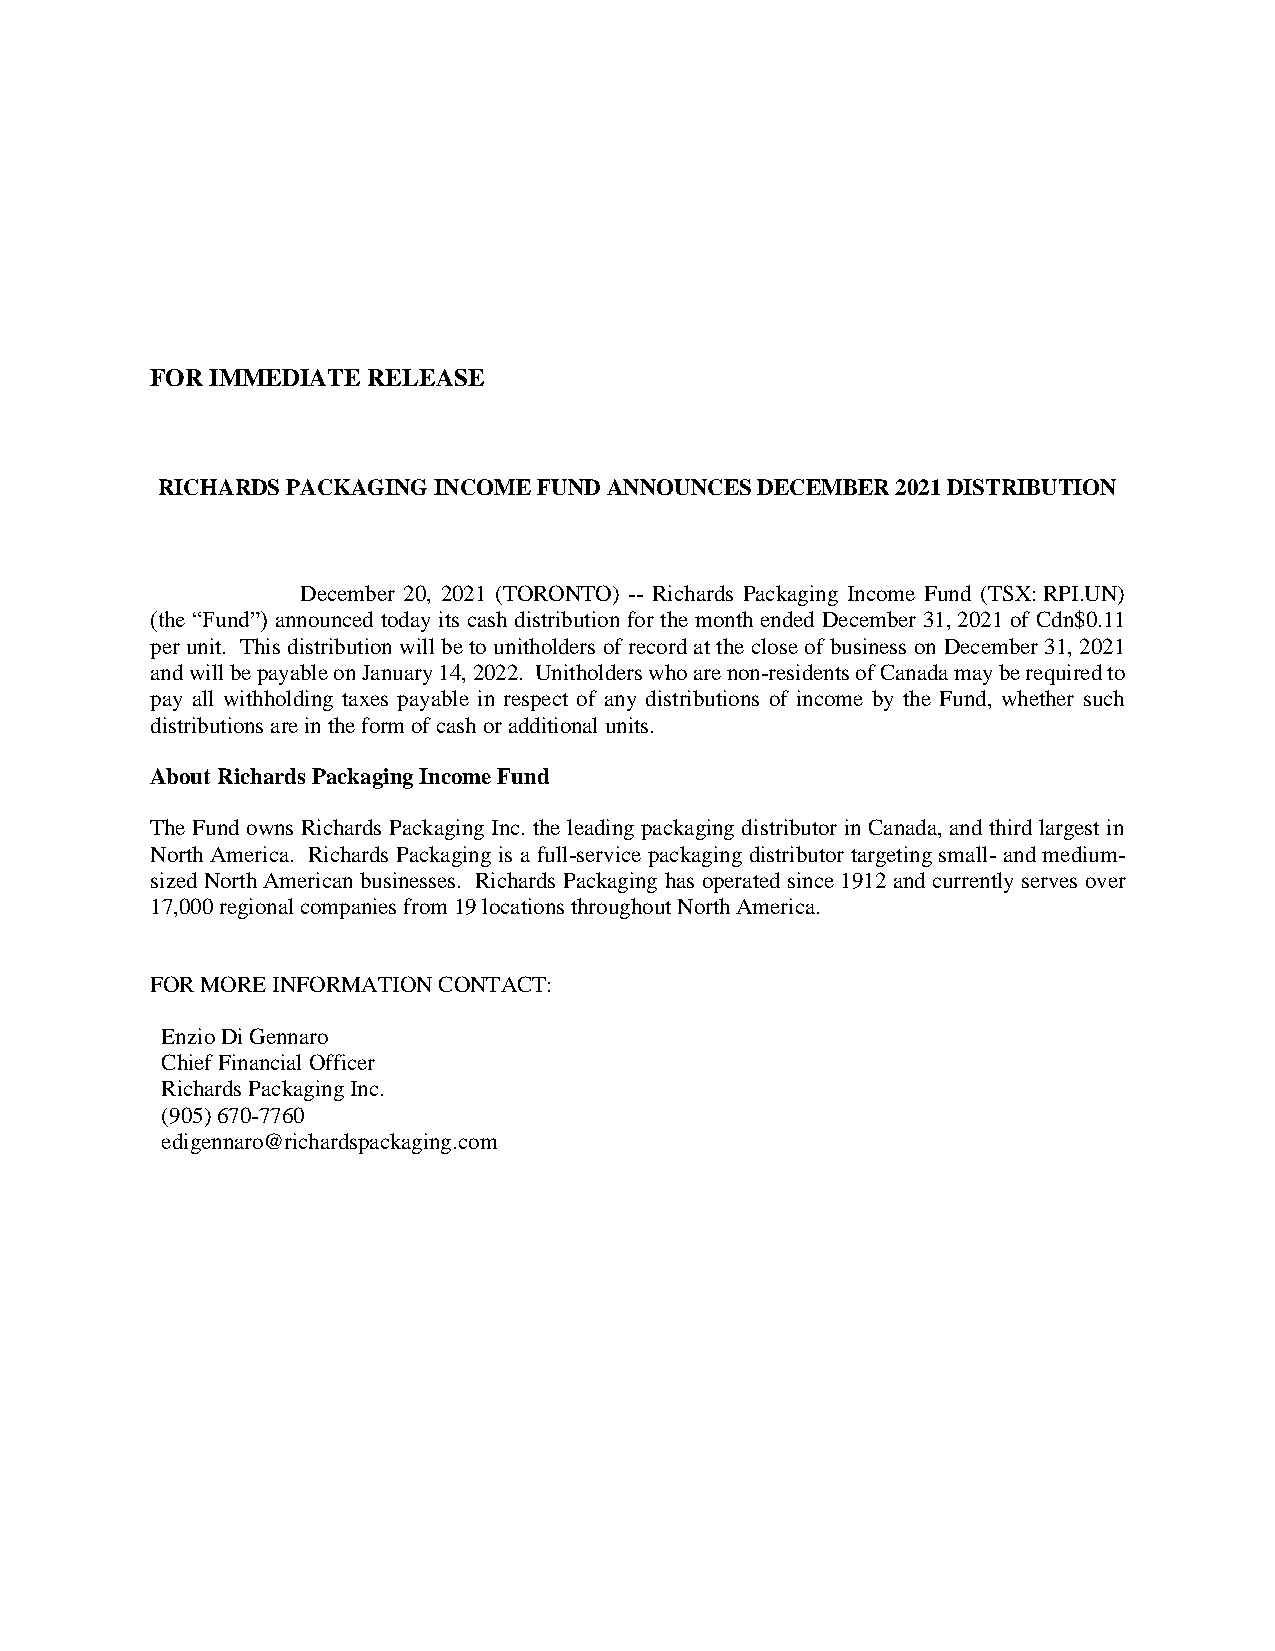
FOR IMMEDIATE RELEASE
 RICHARDS PACKAGING INCOME FUND ANNOUNCES DECEMBER 2021 DISTRIBUTION
 December 20, 2021 (TORONTO) -- Richards Packaging Income Fund (TSX: RPI.UN)
 (the “Fund”) announced today its cash distribution for the month ended December 31, 2021 of Cdn$0.11
 per unit. This distribution will be to unitholders of record at the close of business on December 31, 2021
 and will be payable on January 14, 2022. Unitholders who are non-residents of Canada may be required to
 pay all withholding taxes payable in respect of any distributions of income by the Fund, whether such
 distributions are in the form of cash or additional units.
 About Richards Packaging Income Fund
 The Fund owns Richards Packaging Inc. the leading packaging distributor in Canada, and third largest in
 North America. Richards Packaging is a full-service packaging distributor targeting small- and medium-
 sized North American businesses. Richards Packaging has operated since 1912 and currently serves over
 17,000 regional companies from 19 locations throughout North America.
 FOR MORE INFORMATION CONTACT:
 Enzio Di Gennaro
 Chief Financial Officer
 Richards Packaging Inc.
 (905) 670-7760
 edigennaro@richardspackaging.com